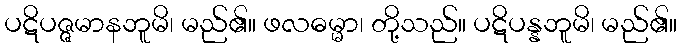
ပဋိပဇ္ဇမာနဘူမိ၊ မည်၏။ ဖလဓမ္မာ၊ တို့သည်။ ပဋိပန္နဘူမိ၊ မည်၏။